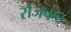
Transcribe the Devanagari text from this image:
रोजकट